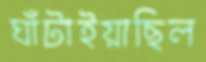
ঘাঁটাইয়াছিল